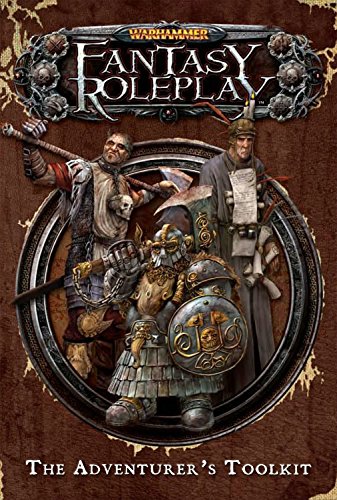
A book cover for The Adventurer's Toolkit; Science Fiction & Fantasy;